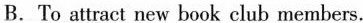
B. To attract new book club members.